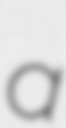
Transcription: a